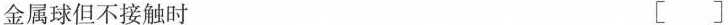
w金属球但不接触时 [ ]